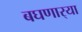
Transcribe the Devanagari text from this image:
बघणार्‍या